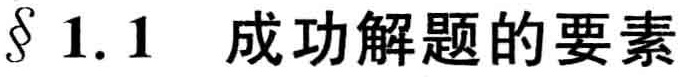
$\S 1.1$ 成功解题的要素